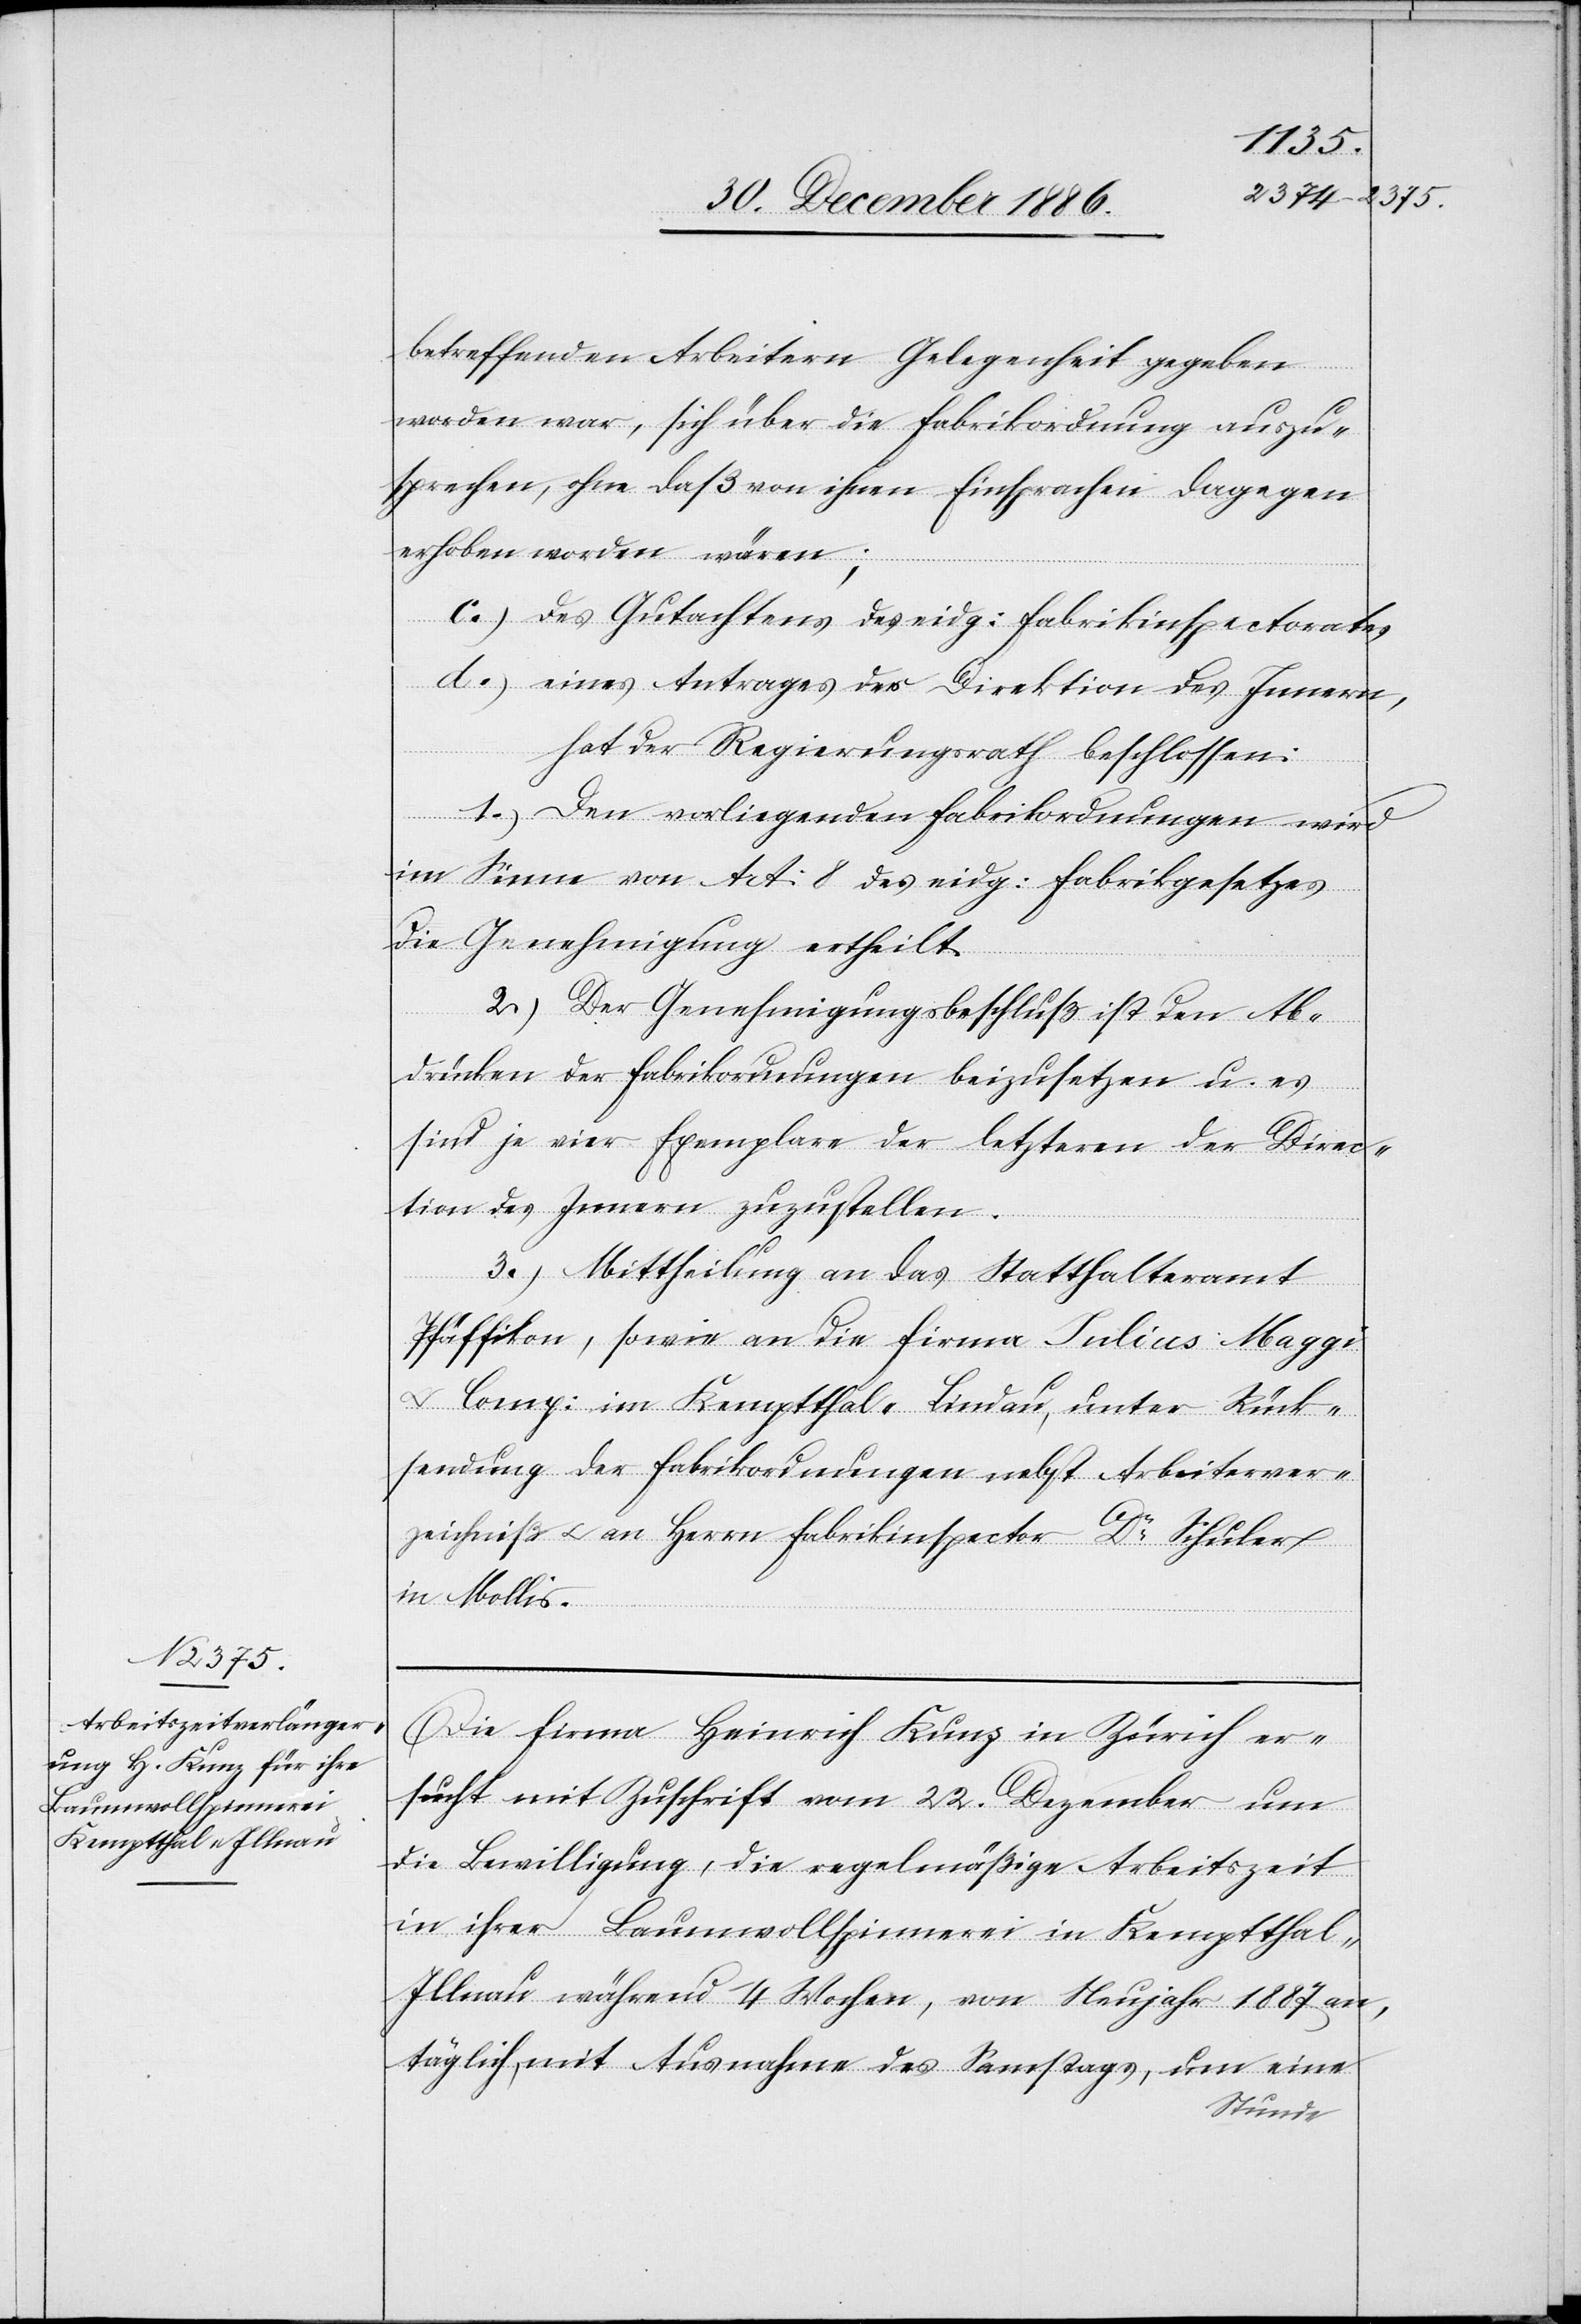
betreffenden Arbeitern Gelegenheit gegeben
worden war, sich über die Fabrikordnung auszu¬
sprechen, ohne daß von ihnen Einsprachen dagegen
erhoben worden wären;
c.) des Gutachtens des eidg: Fabrikinspectorates,
d.) eines Antrages der Direktion des Innern,
hat der Regierungsrath beschlossen:
1.) Den vorliegenden Fabrikordnungen wird
im Sinne von Art: 8 des eidg: Fabrikgesetzes
die Genehmigung ertheilt.
2.) Der Genehmigungsbeschluß ist den Ab¬
drücken der Fabrikordnungen beizusetzen u. es
sind je vier Exemplare der letzteren der Direc¬
tion des Innern zuzustellen.
3.) Mittheilung an das Statthalteramt
Pfäffikon, sowie an die Firma Julius Maggi
Comp: im Kemptthal - Lindau, unter Rück¬
sendung der Fabrikordnungen nebst Arbeiterver¬
zeichniß & an Herrn Fabrikinspector Dr Schuler
in Mollis.
Die Firma Heinrich Kunz in Zürich er¬
sucht mit Zuschrift vom 22. Dezember um
die Bewilligung, die regelmäßige Arbeitszeit
in ihrer Baumwollspinnerei in Kemptthal -
Illnau während 4 Wochen, von Neujahr 1887 an,
täglich, mit Ausnahme des Samstags, um eine
Stunde